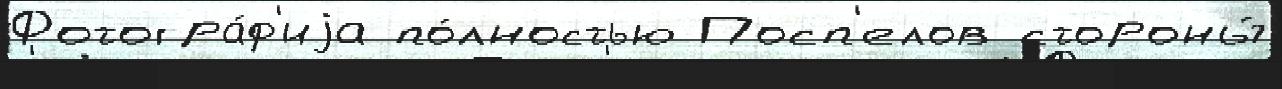
Фотогра́ф'иjа по́лностью Посп'елов стороны́